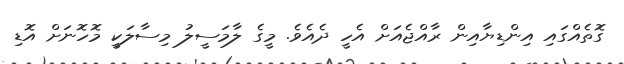
ގޮތެއްގައި އިންޑިޔާއިން ރާއްޖެއަށް އެހީ ދެއެވެ. މީގެ ލާމަސީލު މިސާލަކީ މޮހޮނަށް އޮޑި